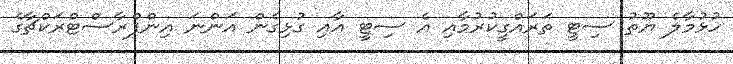
ހުޅުމާލެ ޔޫތު ސިޓީ ތަރައްގީކުރުމާއި އެ ސިޓީ އާއި ގުޅިގެން އަންނަ އިންފްރާސްޓްރަކްޗާގެ